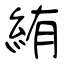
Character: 絠